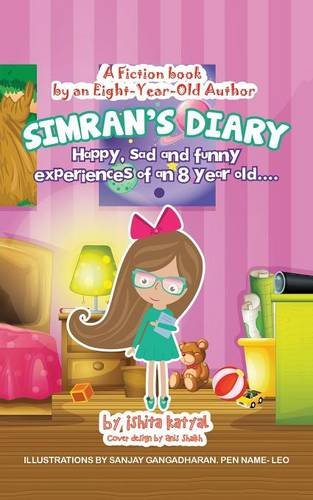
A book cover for Simran's Diary; Ishita Katyal; Literature & Fiction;